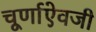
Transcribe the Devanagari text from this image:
चूर्णाऐवजी